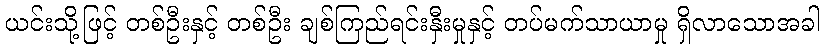
ယင်းသို့ဖြင့် တစ်ဦးနှင့် တစ်ဦး ချစ်ကြည်ရင်းနှီးမှုနှင့် တပ်မက်သာယာမှု ရှိလာသောအခါ